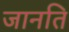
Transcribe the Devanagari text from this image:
जानति